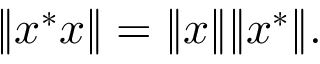
\| x ^ { * } x \| = \| x \| \| x ^ { * } \| .